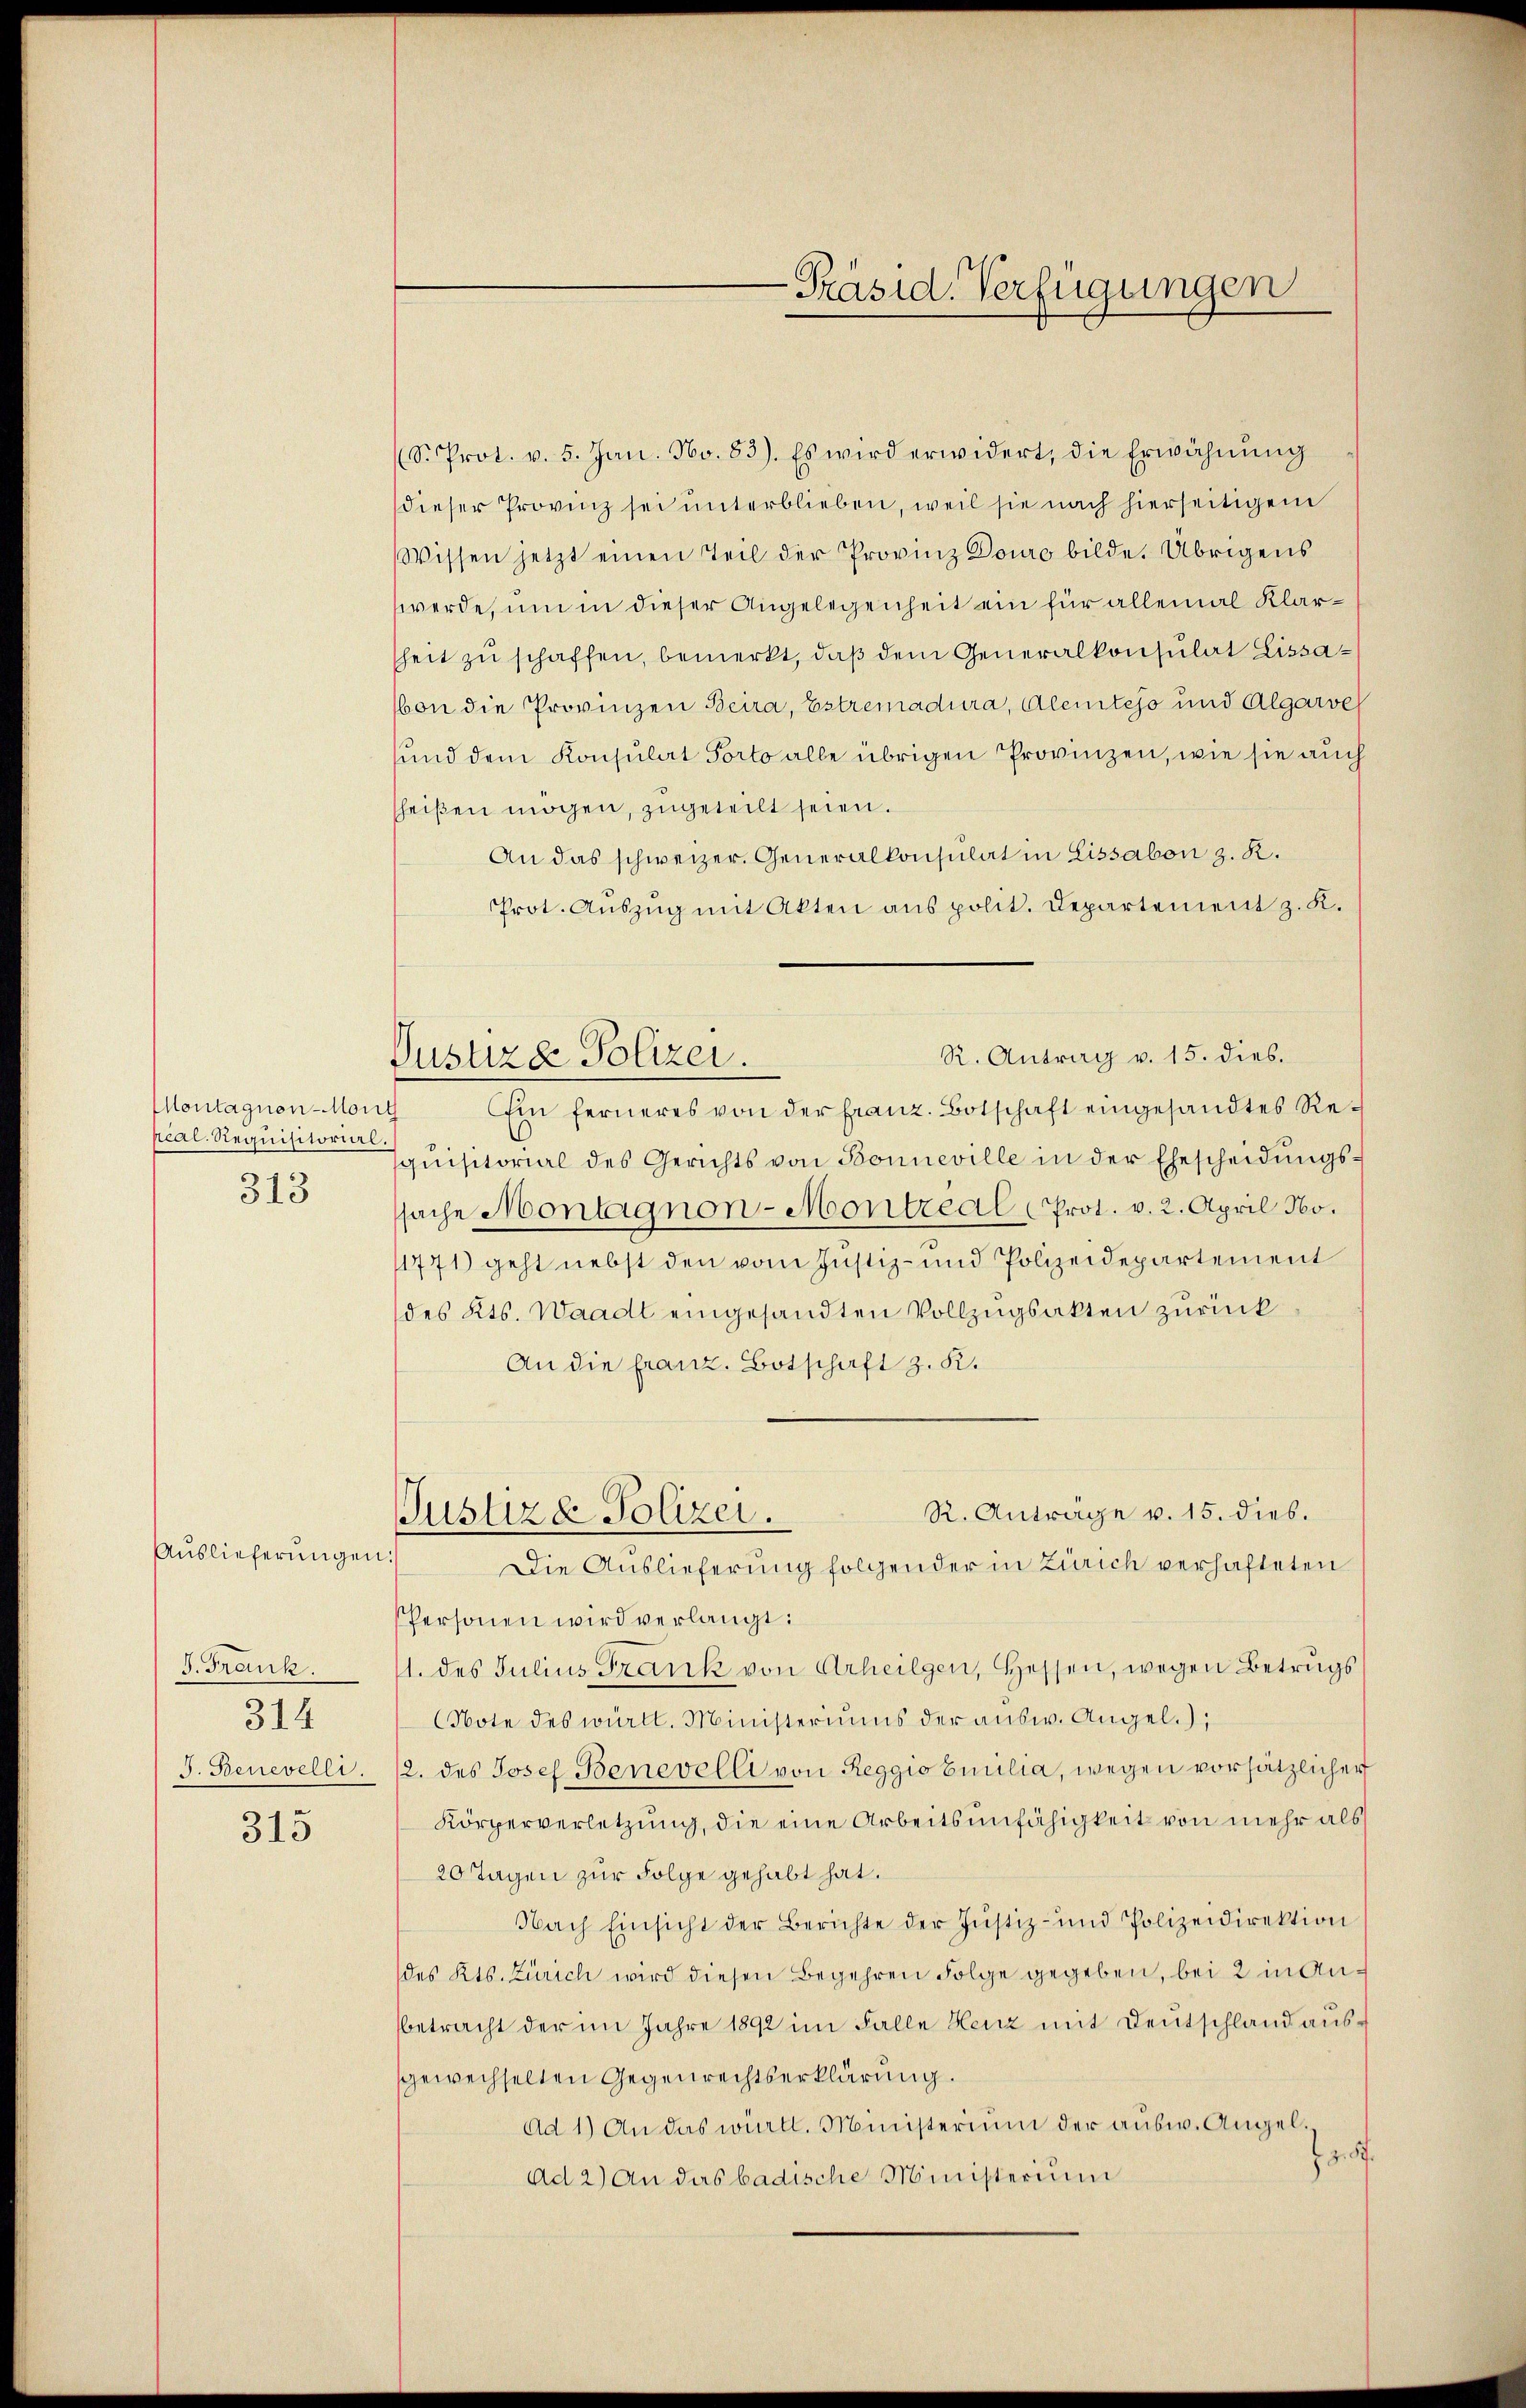
Montagnon-Morith
heal. Requisitorial.
313

Auslieferungen.

315

J. Frank.
314
J. Benevelli

Pustizd Polizei.

-Präsid. Verfügungen

S. Prot. v. 5. Jan. No. 83). Es wird erwidert, die Erwähnŭng
dieser Provinz sei unterblieben, weil sie nach hierseitigem
Wissen jetzt einen Teil der Provinz Douro bilde. Übrigens
werde, um in dieser Angelegenheit ein für allemal Klarheit zu schaffen, bemerkt, daß dem Generalkonsulat Lissavon die Provinzen Beira, Estremadura, Alemtejo und Algarve
und dem Konsulat Porto alle übrigen Provinzen, wie sie auch
heißen mögen, zugeteilt seien.
An das schweizer. Generalkonsulat in Lissabon z. K.
Prot. Auszug mit Akten aus polit. Departement z. K.
R. Antrag v. 15. dies.
Ein ferneres von der franz. Botschaft eingesandtes Requisitorial des Gerichts von Bonneville in der Ehescheidungssache Montagnon-Montreal Prot. v. 2. April 160.
11771) geht nebst den vom Justiz- und Polizeidepartement
des Kts. Waadt eingesandten Vollzugsakten zurück
An die franz. Botschaft z. R.
R. Anträge v. 15. dies.
Justiz & Polizei.
Die Auslieferung folgender in Zürich verhafteten
Personen wird verlangt:
1. des Julius Frank von Arheilgen, Hessen, wegen Betrags
Note des württ. Ministeriums der ausw. Angel.);
12. des Josef Benevelli von Reggio Emilia, wegen vorsätzlicher
Körperverletzung, die eine Arbeitsunfähigkeit von mehr als
20 Tagen zur Folge gehabt hat.
Nach Einsicht der Berichte der Justiz- und Polizeidirektion
des Kts. Zürich wird diesen Begehren Folge gegeben, bei 2 in Anbetracht der im Jahre 1892 im Falle Henz mit Deutschland ausgewechselten Gegenrechtserklärung.
Ad 1) An das württ. Ministerium der aŭsw. Angel.
.
Ad 2) An das badische Ministerium